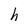
Character: h